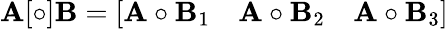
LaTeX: \mathbf{A}[\circ]\mathbf{B}=\left[{\begin{array}{ccc}{\mathbf{A}\circ\mathbf{B}_{1}}&{\mathbf{A}\circ\mathbf{B}_{2}}&{\mathbf{A}\circ\mathbf{B}_{3}}\end{array}}\right]